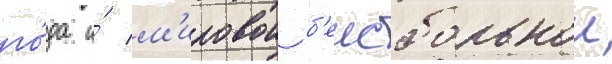
го́да и́ м'ировои б'еисбольнои